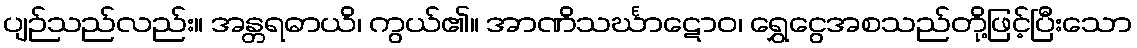
ပျဉ်သည်လည်း။ အန္တရဓာယိ၊ ကွယ်၏။ အာဏိသင်္ဃာဋောဝ၊ ရွှေငွေအစသည်တို့ဖြင့်ပြီးသော